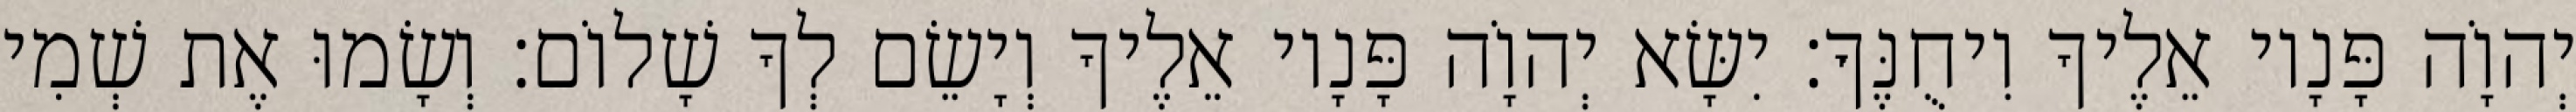
יְהוָֹה פָּנָיו אֵלֶיךָ וִיחֻנֶּךָּ׃ יִשָּׂא יְהוָֹה פָּנָיו אֵלֶיךָ וְיָשֵׂם לְךָ שָׁלוֹם׃ וְשָׂמוּ אֶת שְׁמִי